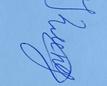
Signature authenticity: genuine